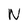
Character: N